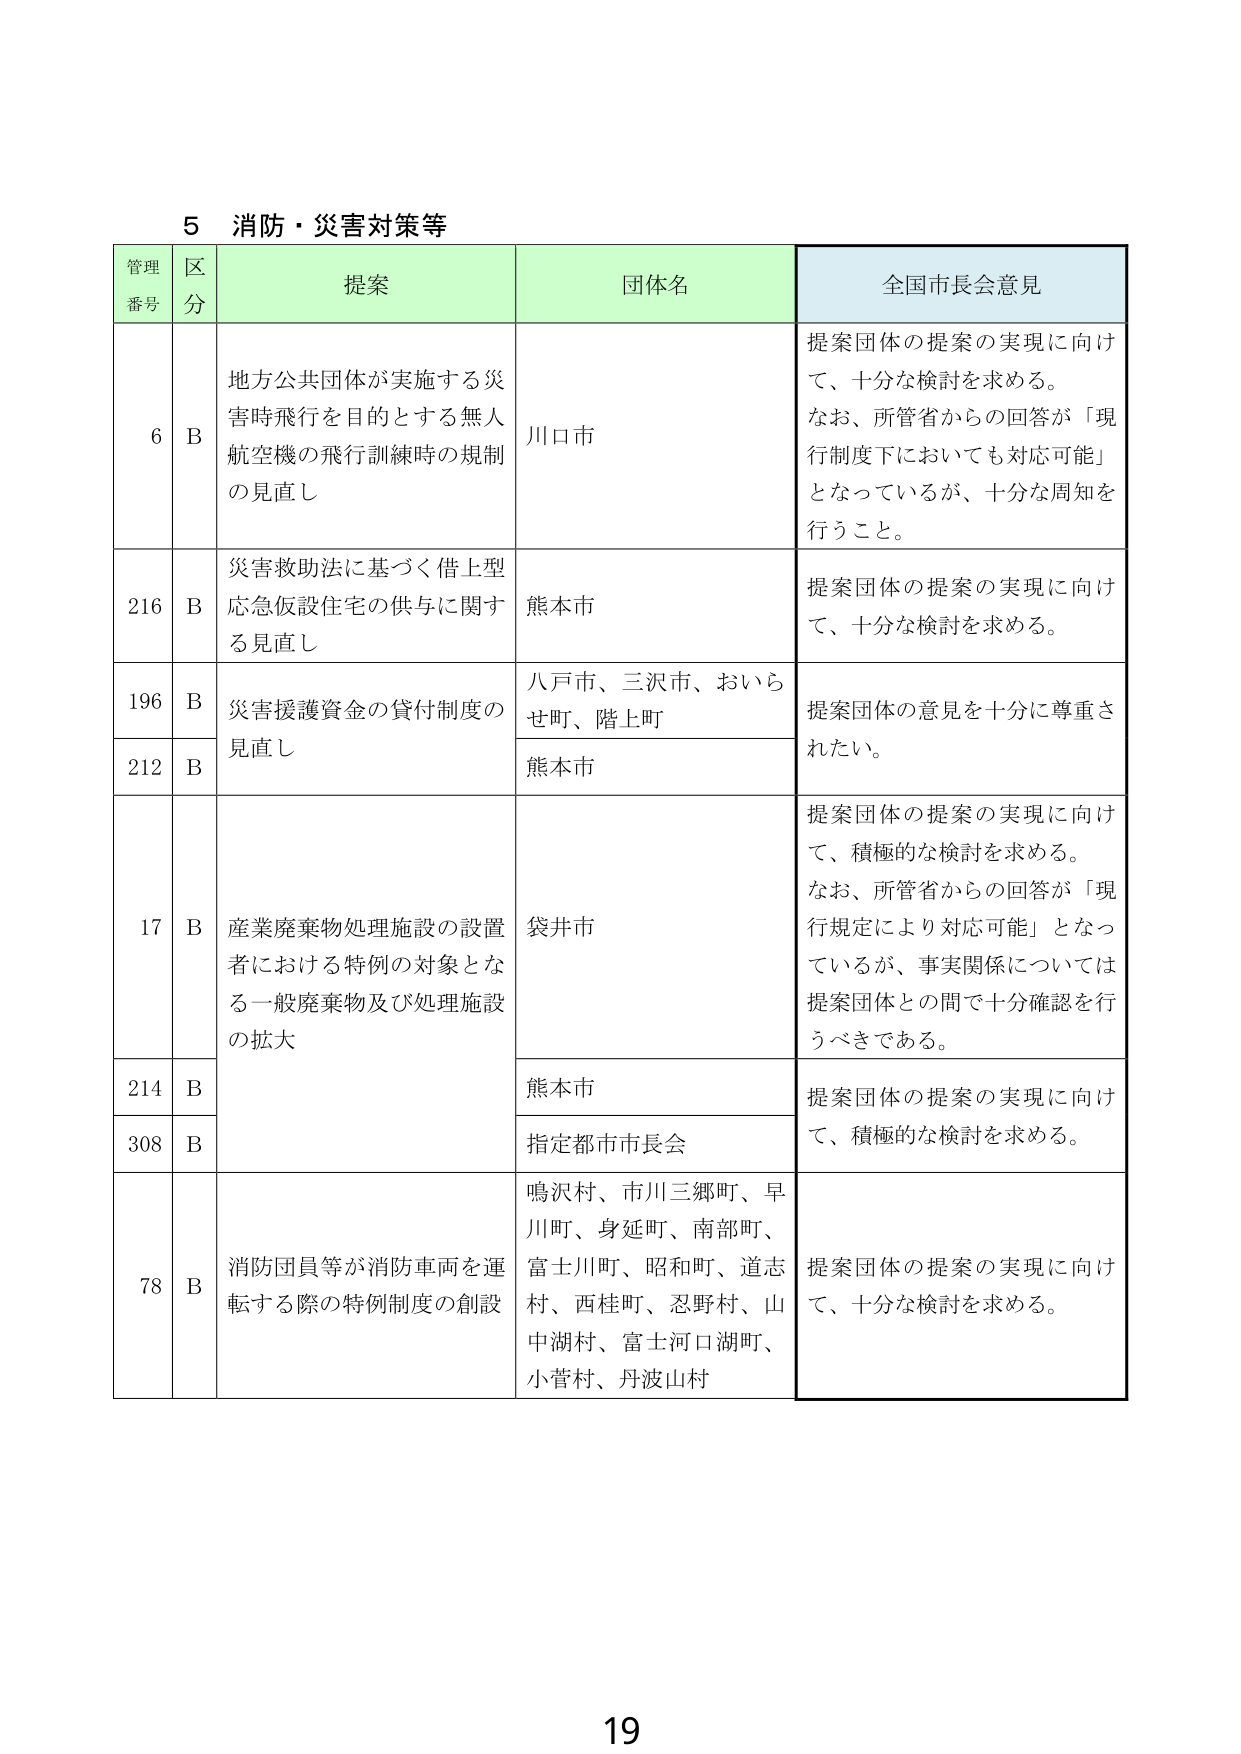
5 消防・災害対策等

管理番号 区分 提案 団体名 全国市長会意見

6 B 地方公共団体が実施する災害時飛行を目的とする無人航空機の飛行訓練時の規制の見直し 川口市 提案団体の提案の実現に向けて、十分な検討を求める。なお、所管省からの回答が「現行制度下においても対応可能」となっているが、十分な周知を行うこと。

216 B 災害救助法に基づく借上型応急仮設住宅の供与に関する見直し 熊本市 提案団体の提案の実現に向けて、十分な検討を求める。

196 B 災害援護資金の貸付制度の見直し 八戸市、三沢市、おいらせ町、階上町 提案団体の意見を十分に尊重されたい。

212 B 熊本市

17 B 産業廃棄物処理施設の設置者における特例の対象となる一般廃棄物及び処理施設の拡大 袋井市 提案団体の提案の実現に向けて、積極的な検討を求める。なお、所管省からの回答が「現行規定により対応可能」となっているが、事実関係については提案団体との間で十分確認を行うべきである。

214 B 熊本市 提案団体の提案の実現に向けて、積極的な検討を求める。

308 B 指定都市市長会

78 B 消防団員等が消防車両を運転する際の特例制度の創設 鳴沢村、市川三郷町、早川町、身延町、南部町、富士川町、昭和町、道志村、西桂町、忍野村、山中湖村、富士河口湖町、小菅村、丹波山村 提案団体の提案の実現に向けて、十分な検討を求める。

19